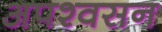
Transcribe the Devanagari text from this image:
अपश्वसन